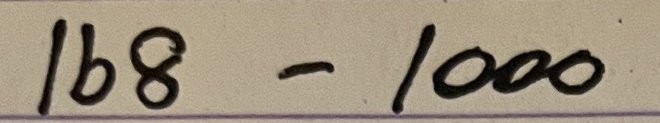
168 - 1000